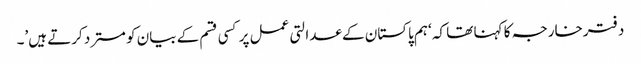
دفترخارجہ کا کہنا تھا کہ ‘ہم پاکستان کے عدالتی عمل پر کسی قسم کے بیان کو مسترد کرتے ہیں’۔